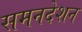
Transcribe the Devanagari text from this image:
समनदेशन